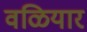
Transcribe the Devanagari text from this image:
वळियार